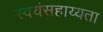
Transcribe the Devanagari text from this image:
स्वयंसहाय्यता